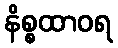
နိစ္စထာဝရ